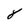
Character: 8